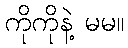
ကိုကိုနဲ့ မမ။